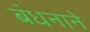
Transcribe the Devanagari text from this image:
बंधनाने